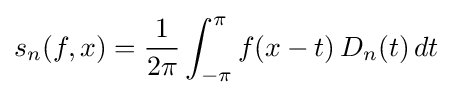
s_{n}(f,x)={\frac {1}{2\pi }}\int _{-\pi }^{\pi }f(x-t)\,D_{n}(t)\,dt